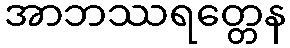
အာဘဿရတ္တေန